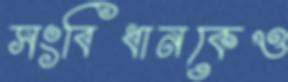
সংবিধানকেও